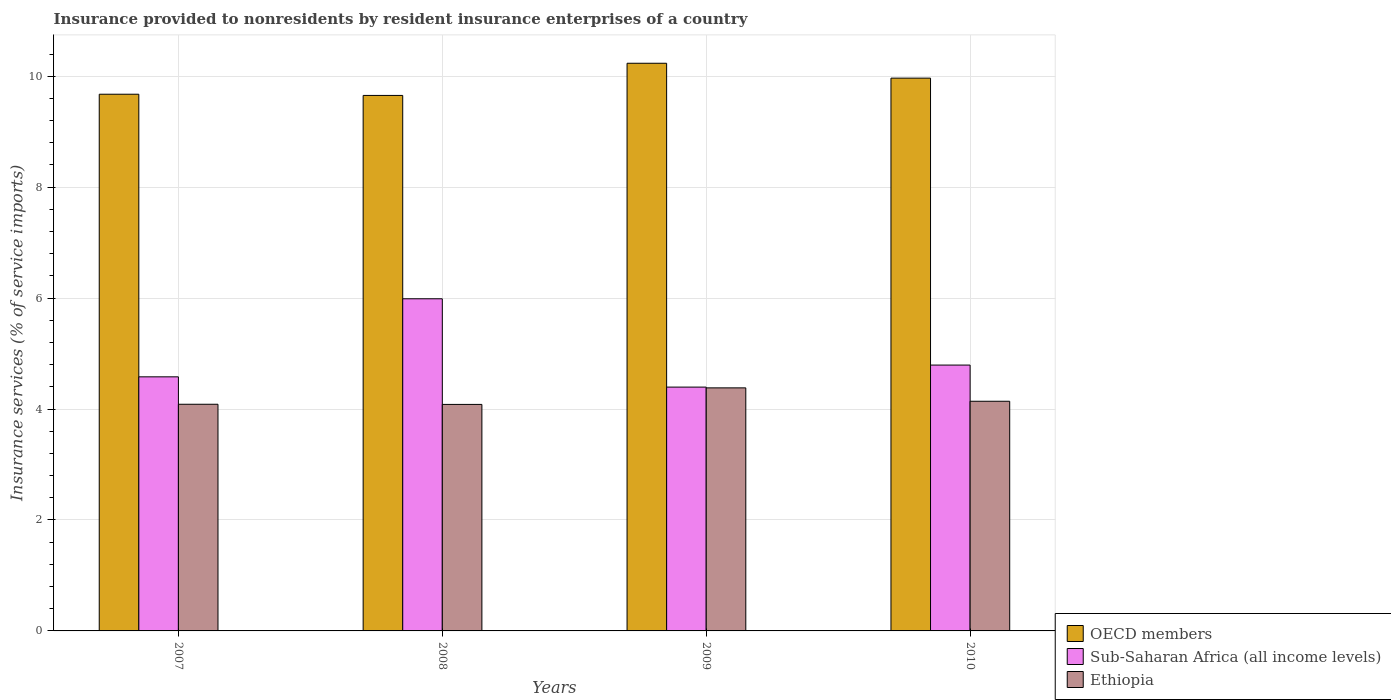
| Years | OECD members | Sub-Saharan Africa (all income levels) | Ethiopia |
 | --- | --- | --- | --- |
 | 2007 | 9.68 | 4.58 | 4.09 |
 | 2008 | 9.65 | 5.99 | 4.08 |
 | 2009 | 10.2 | 4.4 | 4.38 |
 | 2010 | 9.97 | 4.79 | 4.14 |